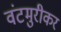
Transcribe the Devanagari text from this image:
वंटमुरीकर